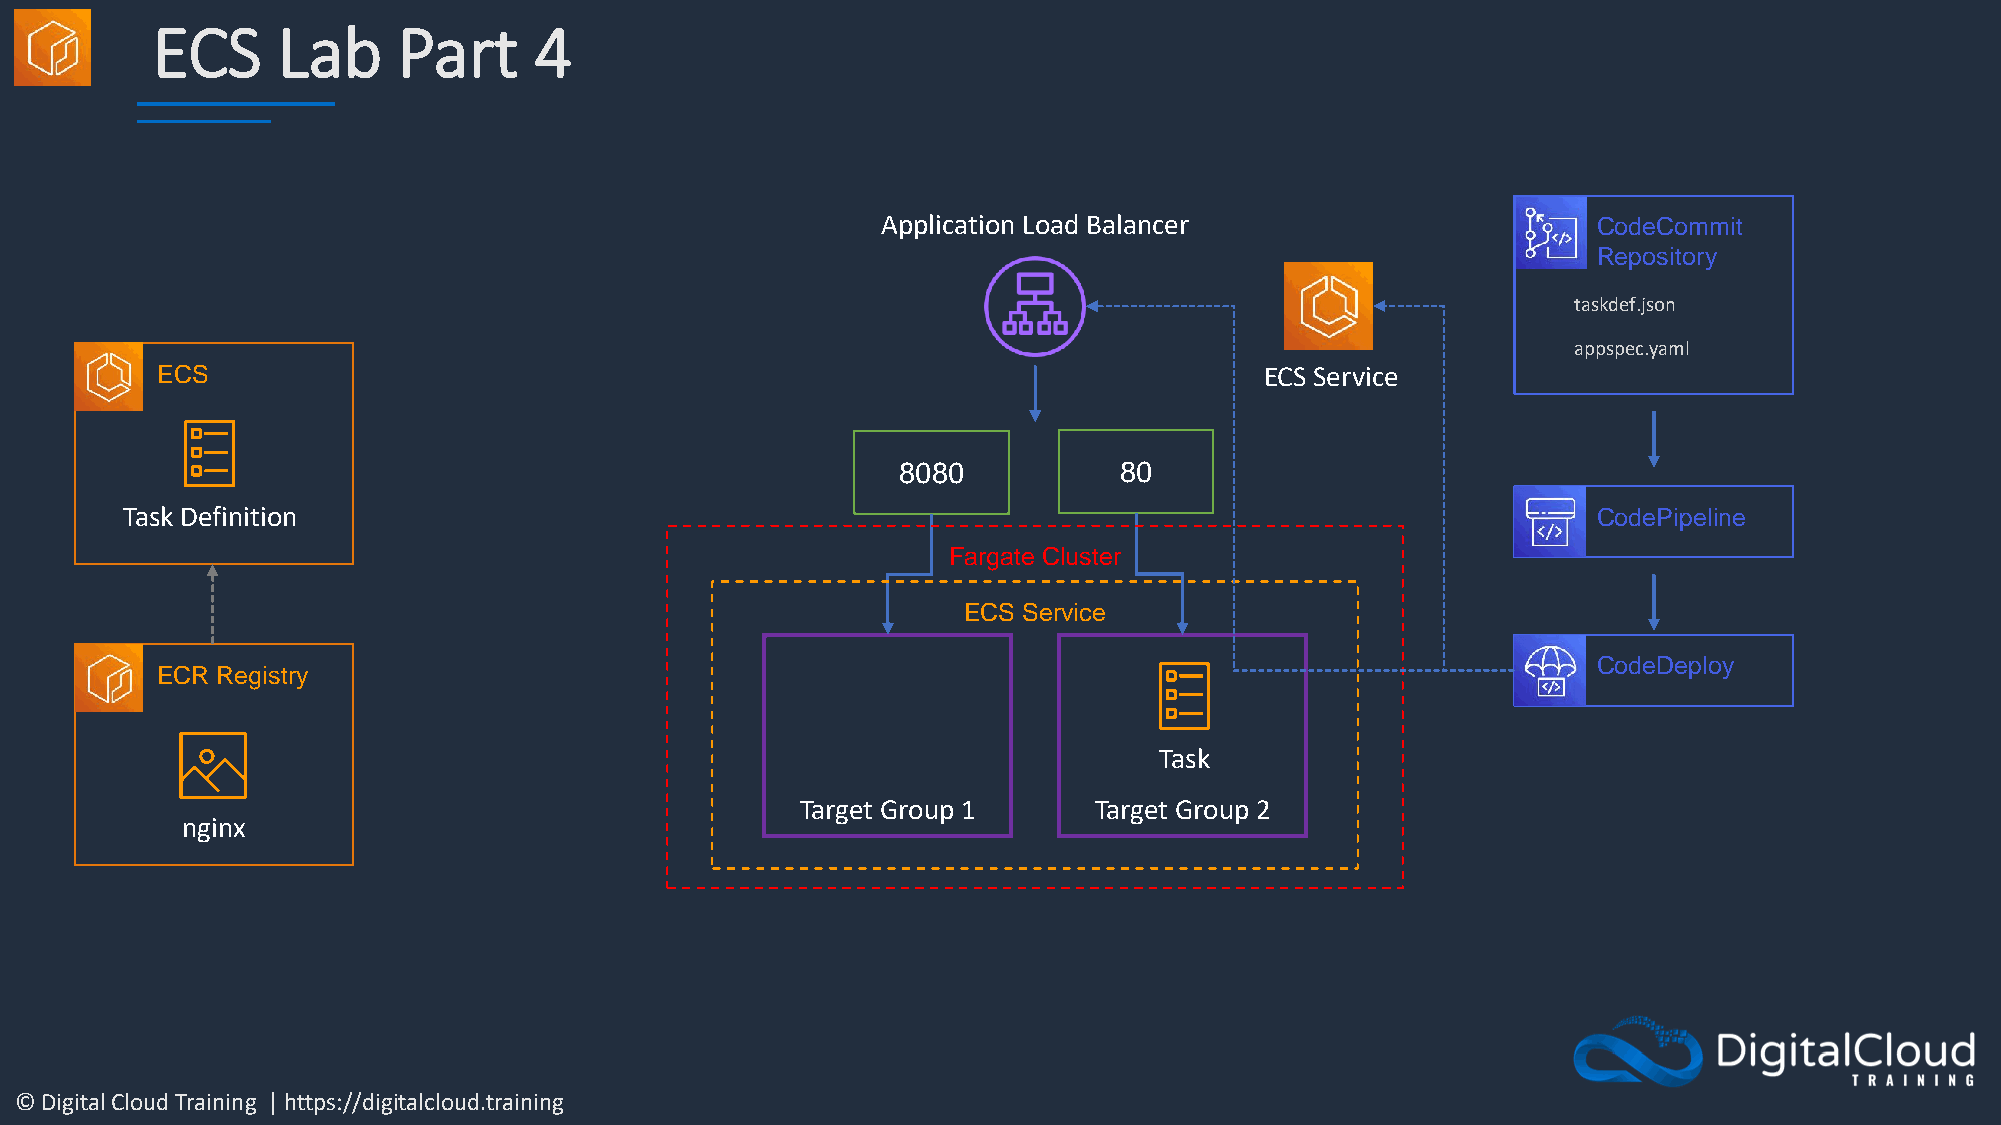
ECS     Lab     Part     4
 Application Load Balancer                       CodeCommit
 Repository
 taskdef.json
 appspec.yaml
 ECS                                                                       ECS Service
 8080           80
 Task Definition                                                                                   CodePipeline
 Fargate Cluster
 ECS Service
 CodeDeploy
 ECR Registry
 Task
 Target Group 1     Target Group 2
 nginx
 © Digital Cloud Training | https://digitalcloud.training